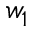
w _ { 1 }